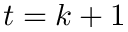
t = k + 1